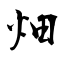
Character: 畑